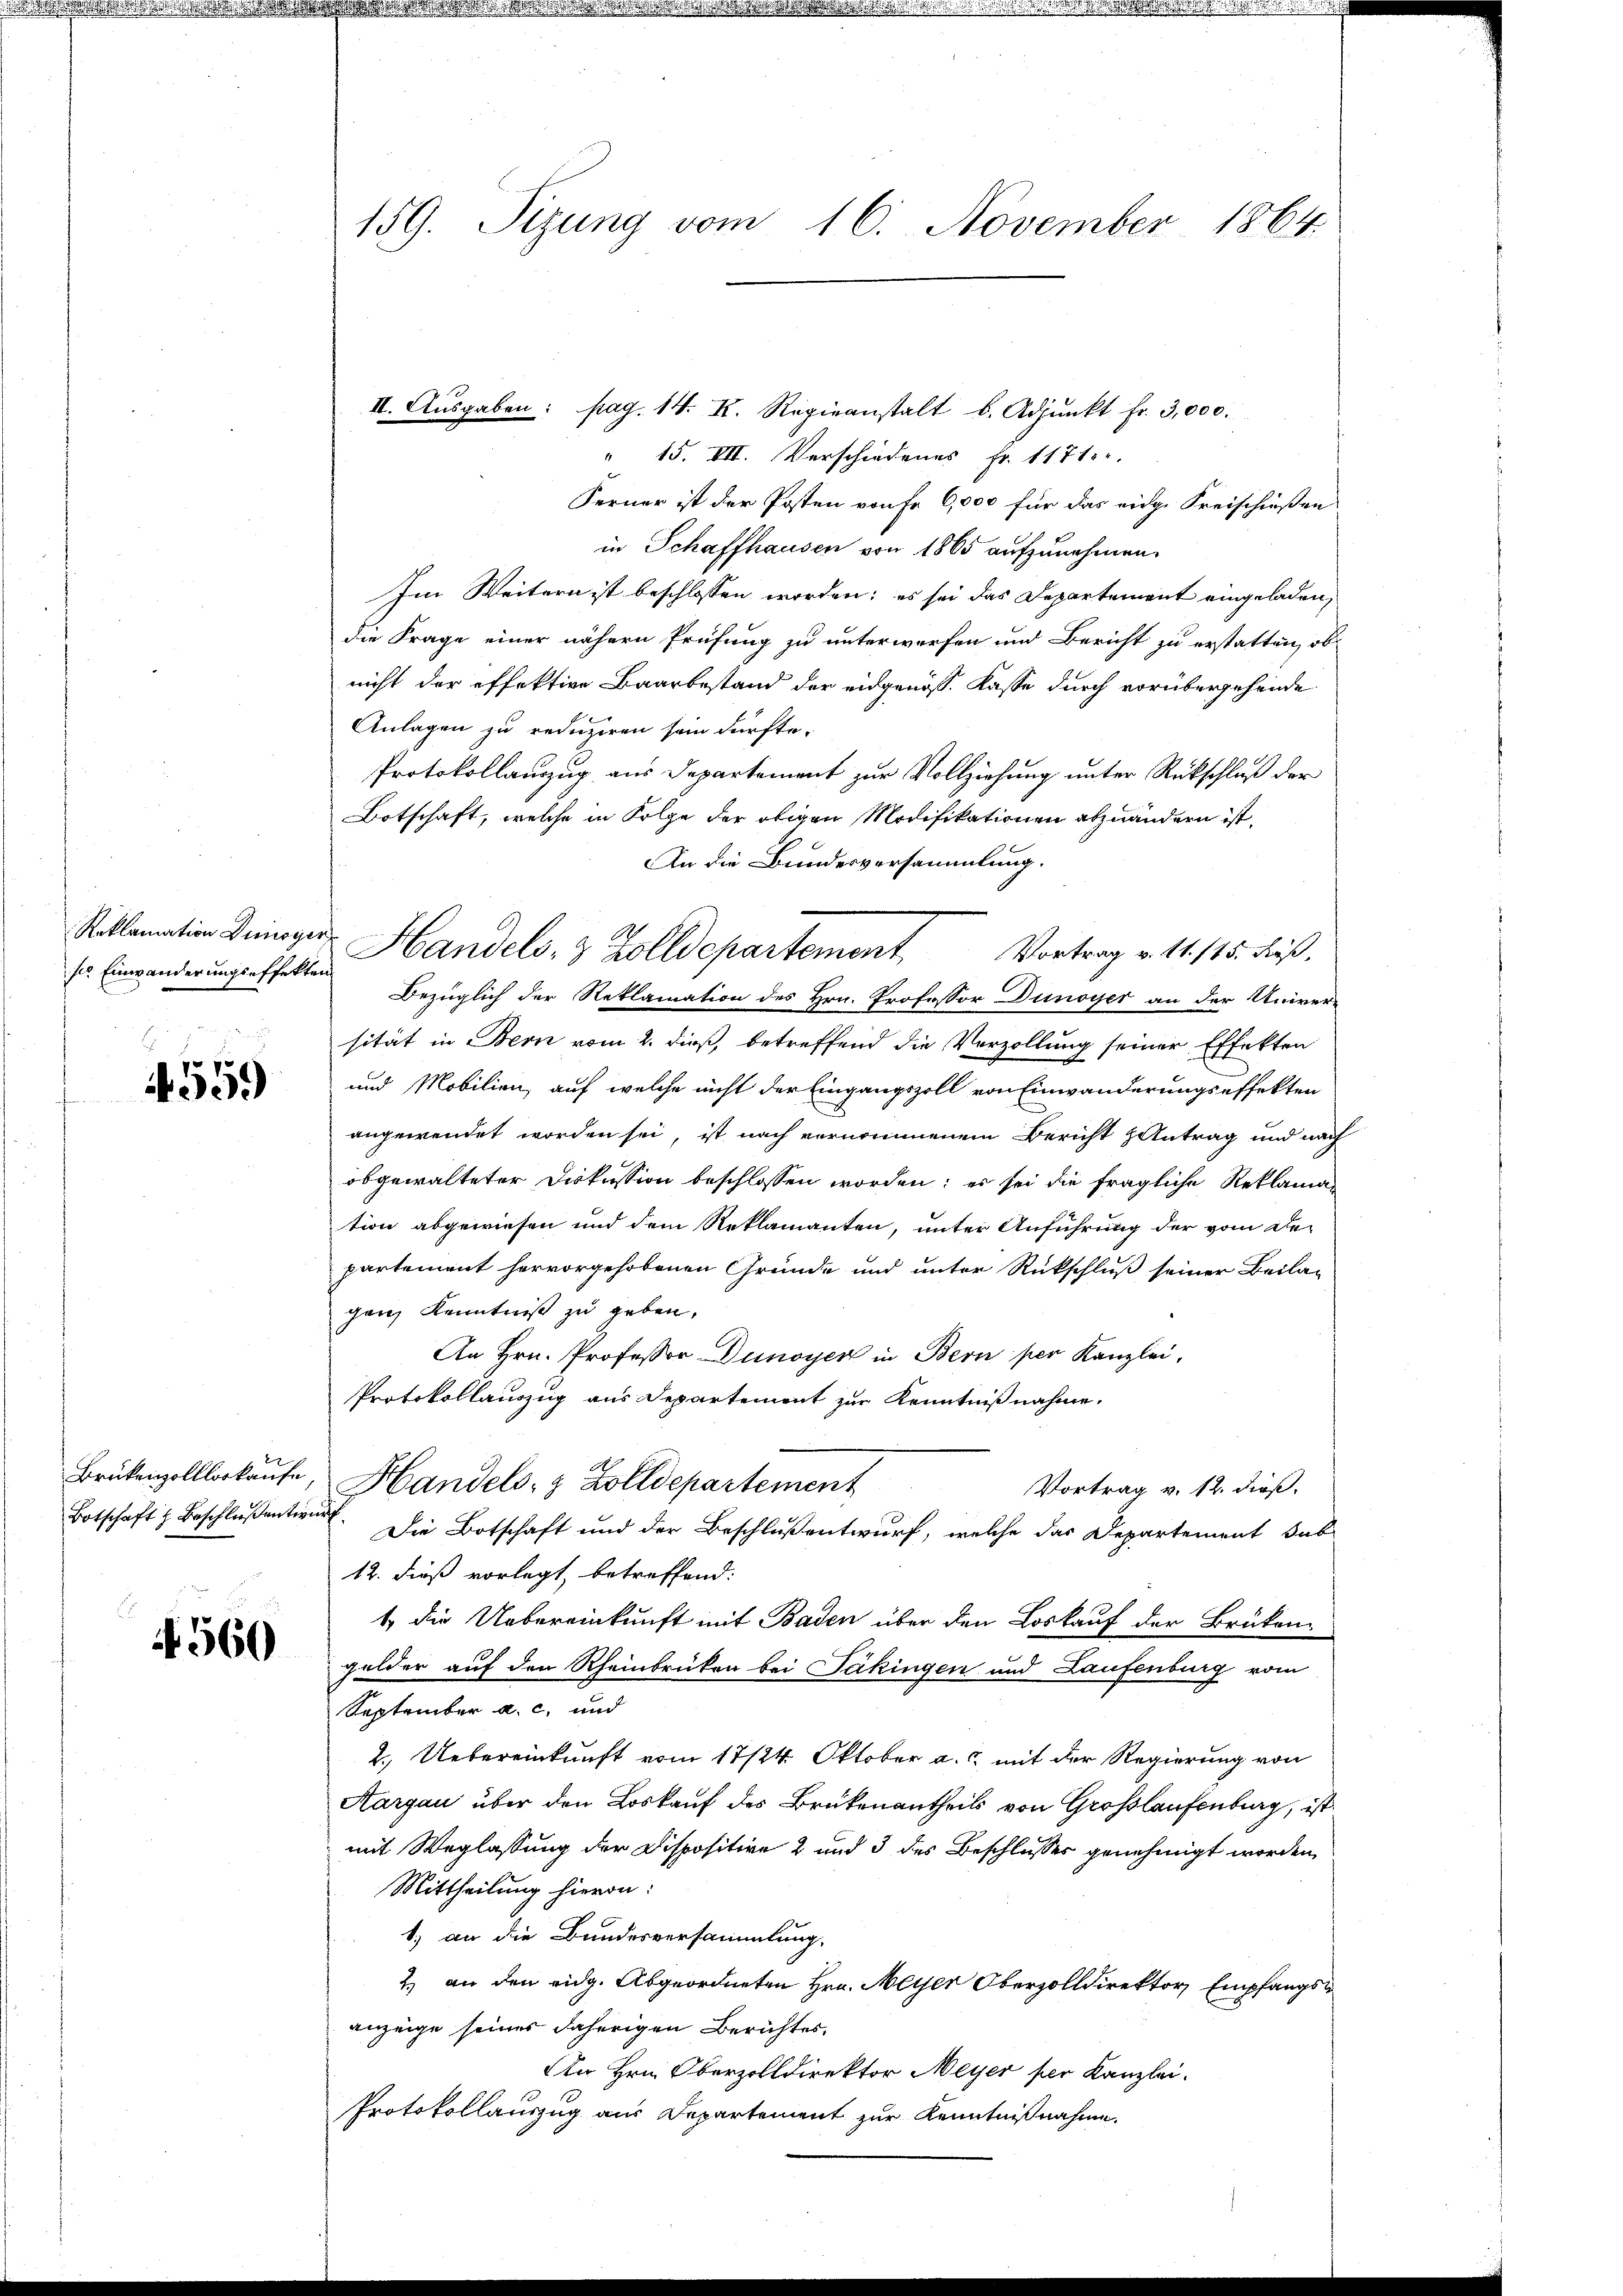
se Einwanderungseffekten

4559

4560

159. Sitzung vom 16. November 1864.

II. Ausgaben: pag. 14. K. Regieanstalt b. Adjunkt fr. 3,000.
" 15. VII. Verschiedenes Fr. 1171.
Ferner ist der Posten von Fr. 6,000 für das eidg. Kreischießen
in Schaffhausen von 1865 aufzunehmen.
Im Weitern ist beschlossen worden; es sei das Departement eingeladen,
die Frage einer nähern Prüfung zu unterwerfen und Bericht zu erstatten, ob
nicht der effektive Baarbestand der eidgenöss. Kasse durch vorübergehende
Anlagen zu reduziren sein dürfte.
Protokollauszug aus Departement zur Vollziehung unter Rückschluß der
Botschaft, welche in Folge der obigen Modifikationen abzuändern ist.
An die Bundesversammlung.
Bezüglich der Reklamation des Hrn. Professor Dunoyer an der Univer-
sität in Bern vom 2. dieß, betreffend die Verzollung seiner Effekten
und Mobilien, auf welche nicht der Eingangszoll von Einwanderungseffekten
angewendet worden sei, ist nach vernommenem Bericht antrag und nach
obgewalteter Diskussion beschlossen worden; es sei die fragliche Reklamation abgewiesen und dem Reklamanten, unter Anführung der vom De-
partement hervorgehobenen Gründe und unter Rückschluß seiner Beilaganz Kenntniß zu geben.
An Hrn. Professor Dunoyer in Bern per Kanzlei,
Protokollauszug aus Departement zur Kenntnißnahme.
Brikenzolllorkaufe, Handels- & Zolldepartement
Vortrag v. 12. dieß.
Botschaft z. Beschlussentwer. Die Botschaft und der Beschluß entwurf, welche das Departement das
12. dieß vorlegt, betreffend:
1. die Uebereinkunft mit Baden über den Loskauf der Brükengelder auf den Rheinbrücken bei Päkingen und Laufenburg vom
September a. c. und
2. Uebereinkunft vom 17/24. Oktober a. mit der Regierung von
Aargau über den Loskauf des Brükenantheils von Großlaufenburg, ist
mit Weglassung der Dispositive 2 und 3 des Beschlusses genehmigt worden,
Mittheilung hieron:
1) an die Bundesversammlung,
2.) an den eidg. Abgeordneten Hrn. Meyer Oberzolldirektor Empfangs
anzeige seines daherigen Berichtes,
An Hrn. Oberzolldirektor Meyer per Kanzlei.
Protokollauszug aus Departement zur Kenntnißnahme.

Soklamation Dinger Handels- & Zolldepartement Vortrag v. 11. 115. dieß.